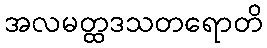
အလမတ္ထဒသတရောတိ